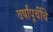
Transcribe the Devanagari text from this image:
वर्षांपूर्चीचे